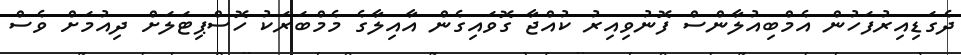
ދެގަޑިއިރުފަހުން އެމްބިއުލާންސް ފޮނުވިއިރު ކުއްޖާ ގޮވައިގެން އާއިލާގެ މެމްބަރަކު ހޮސްޕިޓަލަށް ދިއުމަށް ވެސް